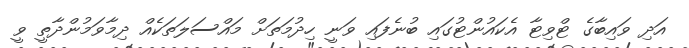
އަދި ވައިބާގެ ޓްވިޓާ އެކައުންޓުގައި ބުނެފައި ވަނީ ހިދުމަތަށް މައްސަލަތަކެއް ދިމާވަމުންދާތީ ވީ